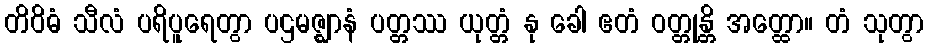
တိဝိဓံ သီလံ ပရိပူရေတွာ ပဌမဇ္ဈာနံ ပတ္တဿ ယုတ္တံ နု ခေါ ဧတံ ဝတ္တုန္တိ အတ္ထော။ တံ သုတွာ